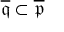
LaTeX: { \overline { { \mathfrak { q } } } } \subset { \overline { { \mathfrak { p } } } }